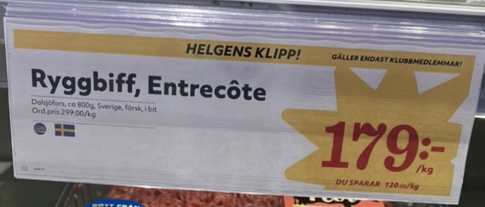
Vara: Ryggbiff, Entrecôte
Genomsnittspris: 179 per kg